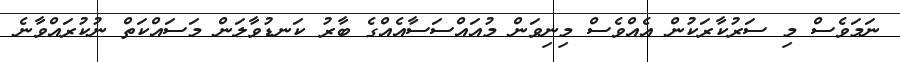
ނަމަވެސް މި ސަރުކާރަކުން އެއްވެސް މިނިވަން މުއައްސަސާއެއްގެ ބާރު ކަނޑުވާލަން މަސައްކަތް ނުކުރައްވާނެ